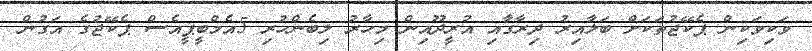
ވަކިވަކިން ޕެކޭޖުތަކަށް ބަލާއިރު ދިރާގާއި އުރީދޫއިން މިހާރު ލިބެންހުރި 5އެމްބީޕީއެސް ޕެކޭޖުގެ އަގުން